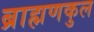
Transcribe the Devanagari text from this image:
ब्राह्मणकुल